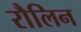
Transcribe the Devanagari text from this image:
रौलिन